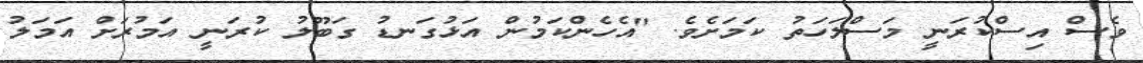
ވެސް އިސްކުރަނީ މަސްލަހަތު ކަމަށެވެ. "އެހެންކަމުން އަޅުގަނޑު ގަބޫލު ކުރަނީ އަމުރަށް އަމަލު